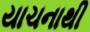
યાચનાથી